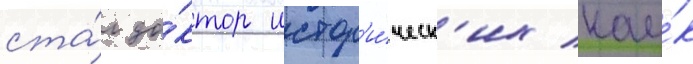
ста́л до́ктор истор'и́ческ'их нау́к